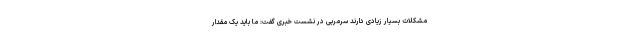
مشکلات بسیار زیادی دارند سرمربی در نشست خبری گفت: ما باید یک مقدار